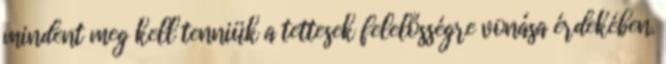
mindent meg kell tenniük a tettesek felelősségre vonása érdekében.